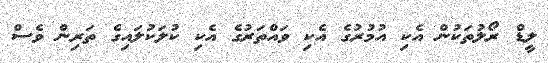
ލީޑް ރޯލުތަކުން އެކި އުމުރުގެ އެކި ވައްތަރުގެ އެކި ކުލަކުލައިގެ ތަރިން ވެސް